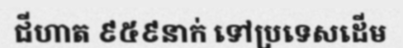
ជីហាត ៩៥៩នាក់ ទៅប្រទេសដើម